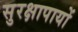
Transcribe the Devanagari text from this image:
सुरक्षापायों